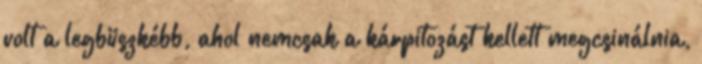
volt a legbüszkébb, ahol nemcsak a kárpitozást kellett megcsinálnia,